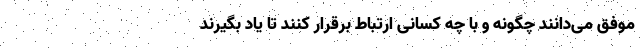
موفق می‌دانند چگونه و با چه کسانی ارتباط برقرار کنند تا یاد بگیرند